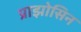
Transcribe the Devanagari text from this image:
प्राझोसिन